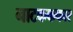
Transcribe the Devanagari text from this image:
नाटकककार